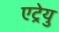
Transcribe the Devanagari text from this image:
एट्रेयु